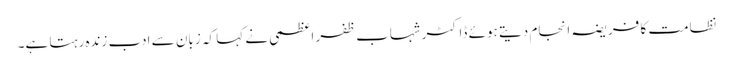
نظامت کا فریضہ انجام دیتے ہوئے ڈاکٹر شہاب ظفر اعظمی نے کہا کہ زبان سے ادب زندہ رہتا ہے۔